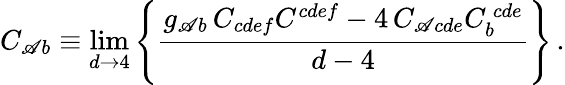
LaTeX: C_{\mathscr{A}b}\equiv\operatorname*{lim}_{d\rightarrow4}\left\{ {\frac{{g_{\mathscr{A}b}\, C_{cdef}C^{cdef}-4\, C_{\mathscr{A}cde}C_{b}^{\ cde}}}{{d-4}}}\right\} \, .